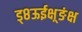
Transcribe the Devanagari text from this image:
ड्८ऊईक्ष़्ङंक्ष